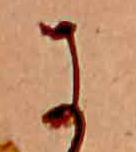
に